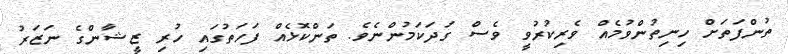
ތުންފަތަށް ހިނިތުންވުމެއް ވެރިކުރުވީ ވެސް ގަދަކަމުންނެވެ. ތަންކޮޅެއް ފަހަތުގައި ހުރި ޒީޝާންގެ ނަޒަރު